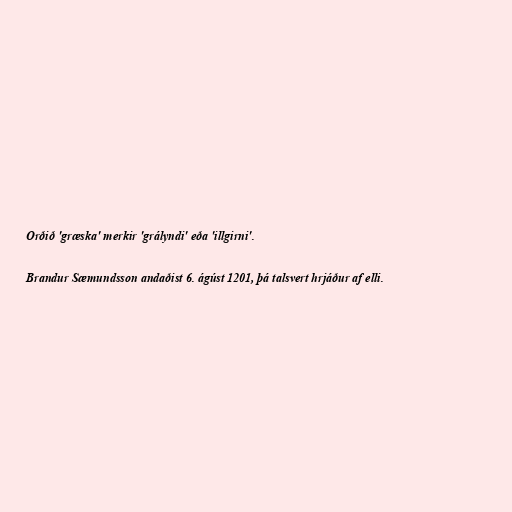
Orðið 'græska' merkir 'grályndi' eða 'illgirni'.

Brandur Sæmundsson andaðist 6. ágúst 1201, þá talsvert hrjáður af elli.